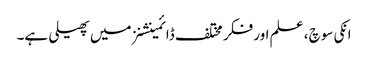
انکی سوچ ، علم اور فکر مختلف ڈائمینشنز میں پھیلی ہے۔